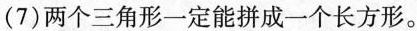
(7)两个三角形一定能拼成一个长方形。